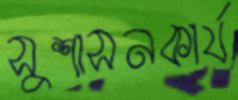
সুশাসনকার্য